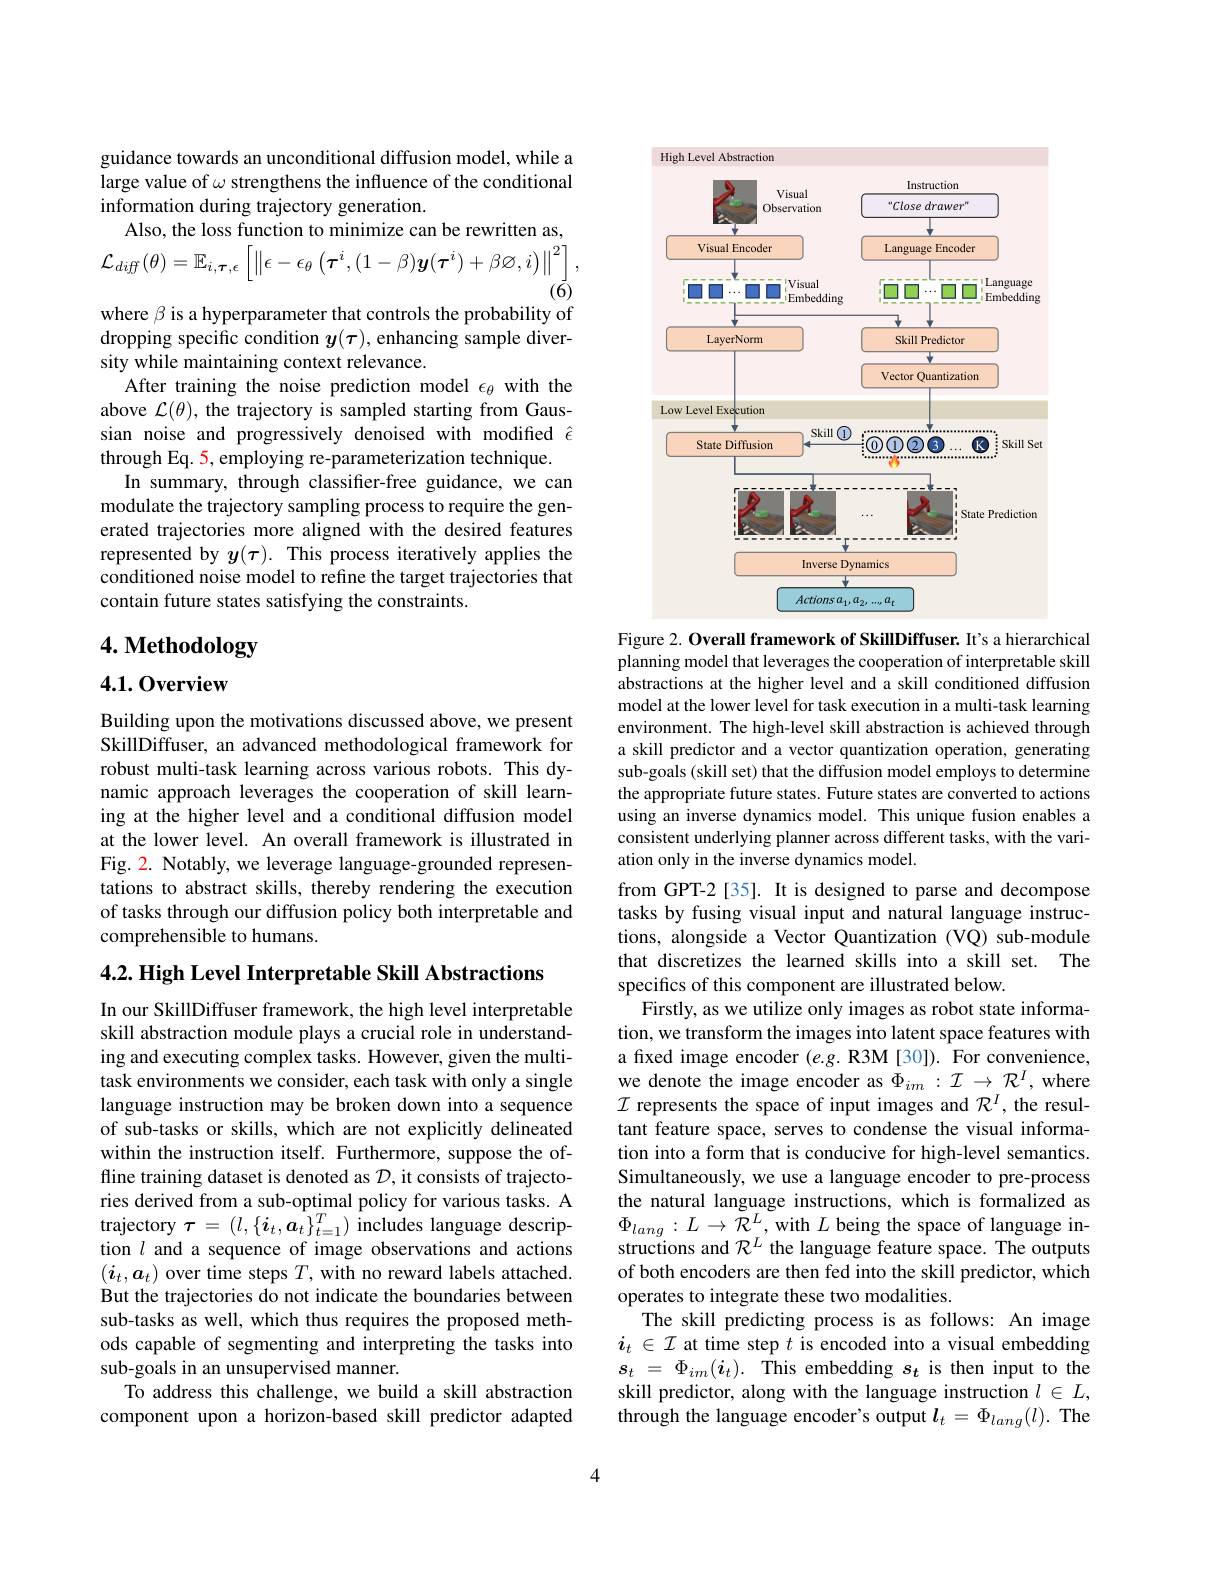
guidance towards an unconditional diffusion model, while a large value of $\omega$ strengthens the influence of the conditional information during trajectory generation.
Also, the loss function to minimize can be rewritten as,
$$\mathcal{L}_{diff}(\theta)=\mathbb{E}_{i,\tau,\epsilon}\left[\left\|\epsilon-\epsilon_{\theta}\left(\tau^{i},(1-\beta)\boldsymbol{y}(\tau^{i})+\beta\varnothing,i\right)\right\|^{2}\right],$$
where $\beta$ is a hyperparameter that controls the probability of dropping specific condition $y(\tau)$, enhancing sample diversity while maintaining context relevance.
After training the noise prediction model $\epsilon_{\theta}$ with the above $\mathcal{L}(\theta)$, the trajectory is sampled starting from Gaussian noise and progressively denoised with modified $\hat{\epsilon}$ through Eq. 5, employing re-parameterization technique.
In summary, through classifier-free guidance, we can modulate the trajectory sampling process to require the generated trajectories more aligned with the desired features represented by $y(\boldsymbol{\tau}).$ This process iteratively applies the conditioned noise model to refine the target trajectories that contain future states satisfying the constraints.

# 4. Methodology

4.1.0verview

Building upon the motivations discussed above, we present SkillDiffuser, an advanced methodological framework for robust multi-task learning across various robots. This dynamic approach leverages the cooperation of skill learning at the higher level and a conditional diffusion model at the lower level. An overall framework is illustrated in Fig. 2. Notably, we leverage language-grounded representations to abstract skills, thereby rendering the execution of tasks through our diffusion policy both interpretable and comprehensible to humans.

4.2. High Level Interpretable Skill Abstractions

In our SkillDiffuser framework, the high level interpretable skill abstraction module plays a crucial role in understanding and executing complex tasks. However, given the multitask environments we consider, each task with only a single language instruction may be broken down into a sequence of sub-tasks or skills, which are not explicitly delineated within the instruction itself. Furthermore, suppose the offline training dataset is denoted as $\mathcal{D}$, it consists of trajectories derived from a sub-optimal policy for various tasks. A trajectory $\tau=(l,\{\boldsymbol{i}_t,\boldsymbol{a}_t\}_{t=1}^T)$ includes language description $l$ and a sequence of image observations and actions $(i_t,a_t)$ over time steps $T$, with no reward labels attached. But the trajectories do not indicate the boundaries between sub-tasks as well, which thus requires the proposed methods capable of segmenting and interpreting the tasks into sub-goals in an unsupervised manner.
To address this challenge, we build a skill abstraction component upon a horizon-based skill predictor adapted

<FigureHere>
Figure 2. Overall framework of SkillDiffuser. It's a hierarchical

planning model that leverages the cooperation of interpretable skill abstractions at the higher level and a skill conditioned diffusion model at the lower level for task execution in a multi-task learning environment. The high-level skill abstraction is achieved through a skill predictor and a vector quantization operation, generating sub-goals (skill set) that the diffusion model employs to determine the appropriate future states. Future states are converted to actions using an inverse dynamics model. This unique fusion enables a consistent underlying planner across different tasks, with the variation only in the inverse dynamics model.
from GPT-2 [35]. It is designed to parse and decompose tasks by fusing visual input and natural language instructions, alongside a Vector Quantization (VQ) sub-module that discretizes the learned skills into a skill set. The specifics of this component are illustrated below.
Firstly, as we utilize only images as robot state information, we transform the images into latent space features with a fixed image encoder $( e. g. \textbf{R3M[ 30] ) . Forconvenience, }$ we denote the image encoder as $\Phi_{im}:\mathcal{I}\to\mathcal{R}^I$, where $\mathcal{I}$ represents the space of input images and $\mathcal{R}^I$, the resultant feature space, serves to condense the visual information into a form that is conducive for high-level semantics. Simultaneously, we use a language encoder to pre-process the natural language instructions, which is formalized as $\Phi_{lang}:L\to\tilde{\mathcal{R}}^{L}$,with $L$ being the space of language instructions and $\mathcal{R}^L$ the language feature space. The outputs of both encoders are then fed into the skill predictor, which operates to integrate these two modalities.
The skill predicting process is as follows: An image $i_t\in\mathcal{I}$ at time step $t$ is encoded into a visual embedding $s_{t}$ = $\Phi _{im}( \boldsymbol{i}_{t}) .$ This embedding $s_t$ is then input to the skill predictor, along with the language instruction $l\in L$, through the language encoder's output $l_t=\Phi_{lang}(l).$ The